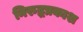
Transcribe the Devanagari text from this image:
निरुद्धप्रकाश